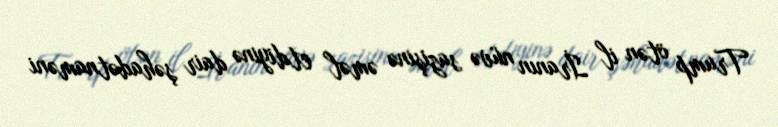
Trump ötən il İranın nüvə sazişinə əməl etdiyinə dair şəhadətnaməni